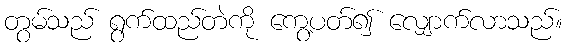
တွမ်သည် ရွက်ထည်တဲကို ကွေ့ပတ်၍ လျှောက်လာသည်။